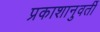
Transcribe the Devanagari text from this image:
प्रकाशानुवर्ती